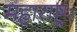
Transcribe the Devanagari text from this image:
महाराष्ट्रः